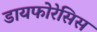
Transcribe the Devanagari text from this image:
डायफोरेसिस